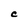
Character: C